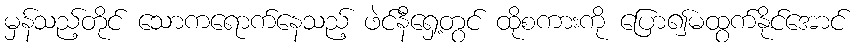
မှန်သည့်တိုင် သောကရောက်နေသည့် ဖဲင်နီရှေ့တွင် ထိုစကားကို ပြော၍မထွက်နိုင်အောင်